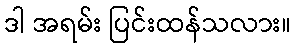
ဒါ အရမ်း ပြင်းထန်သလား။